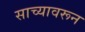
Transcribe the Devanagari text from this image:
साच्यावरून